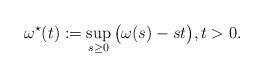
LaTeX: \begin{align*}\omega^{\star}(t):=\sup_{s\ge 0} \big(\omega(s)-st\big), t>0.\end{align*}